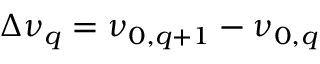
\Delta \nu _ { q } = \nu _ { 0 , q + 1 } - \nu _ { 0 , q }